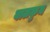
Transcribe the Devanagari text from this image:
बालकुम